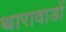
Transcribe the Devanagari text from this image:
थारावाडों